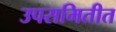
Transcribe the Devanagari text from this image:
उपसमितीत